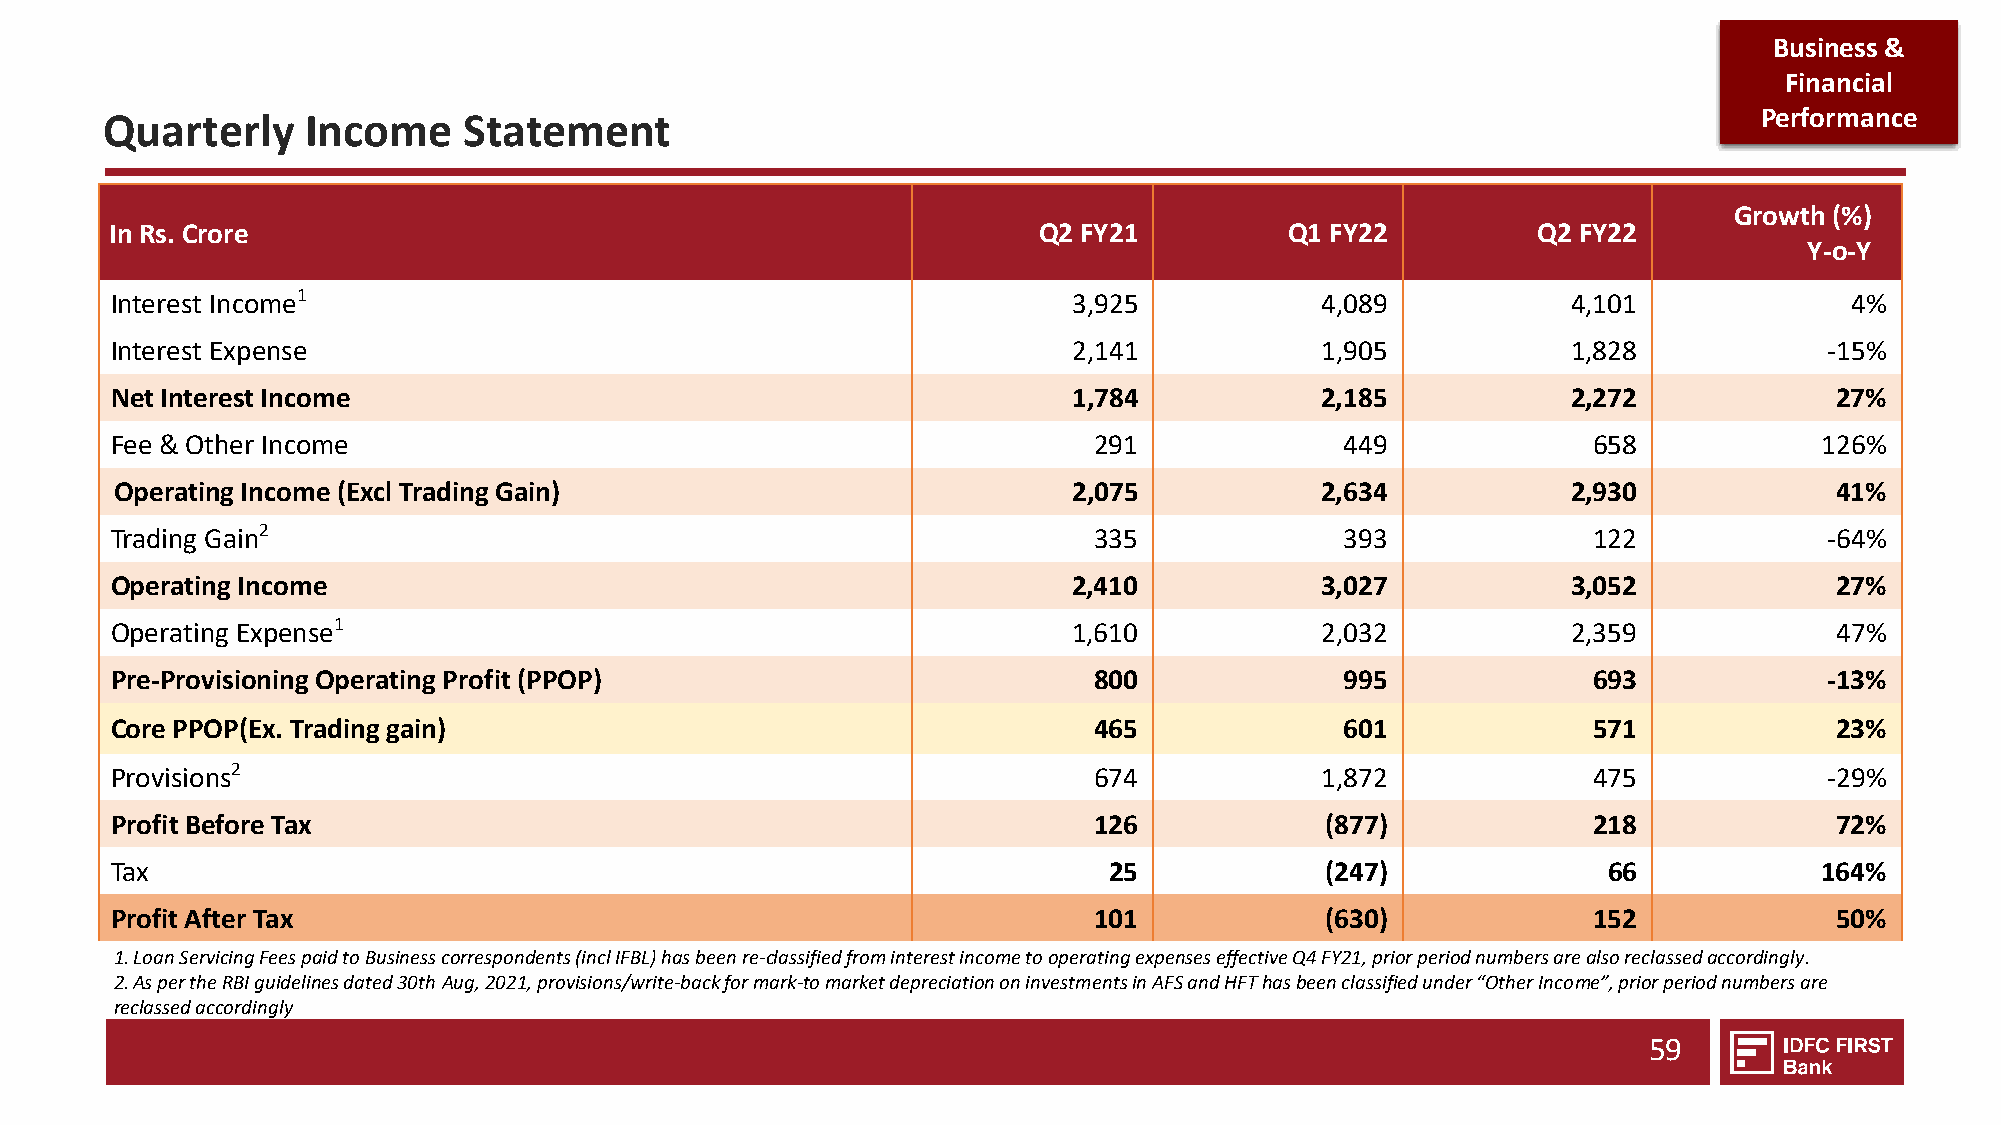
Business &
 Financial
 Quarterly    Income     Statement                                                                             Performance
 Growth (%)
 In Rs. Crore                                                  Q2 FY21         Q1 FY22          Q2 FY22
 Y-o-Y
 Interest Income1                                                3,925           4,089            4,101             4%
 Interest Expense                                                2,141           1,905            1,828            -15%
 Net Interest Income                                             1,784           2,185            2,272            27%
 Fee & Other Income                                               291              449             658             126%
 Operating Income (Excl Trading Gain)                           2,075           2,634            2,930            41%
 Trading Gain2                                                    335              393             122             -64%
 Operating Income                                                2,410           3,027            3,052            27%
 Operating Expense1                                              1,610           2,032            2,359            47%
 Pre-Provisioning Operating Profit (PPOP)                         800              995             693             -13%
 Core PPOP(Ex. Trading gain)                                      465              601             571             23%
 Provisions2                                                      674            1,872             475             -29%
 Profit Before Tax                                                126             (877)            218             72%
 Tax                                                               25             (247)             66             164%
 Profit After Tax                                                 101             (630)            152             50%
 1. Loan Servicing Fees paid to Business correspondents (incl IFBL) has been re-classified from interest income to operating expenses effective Q4 FY21, prior period numbers are also reclassed accordingly.
 2.As per the RBI guidelines dated 30th Aug,2021, provisions/write-back for mark-to market depreciation on investments in AFS and HFT has been classified under “Other Income”, prior period numbers are
 reclassed accordingly
 59